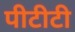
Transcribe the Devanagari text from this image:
पीटीटी